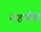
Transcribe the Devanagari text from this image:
राहणीचे